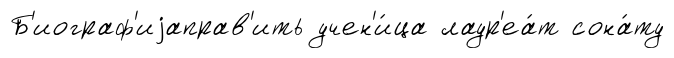
Б'иограф'иjаправ'ить учен'и́ца лаур'еа́т сона́ту